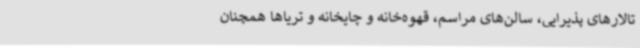
تالارهای پذیرایی، سالن‌های مراسم، قهوه‌خانه و چایخانه و تریاها همچنان